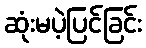
ဆုံးမပဲ့ပြင်ခြင်း